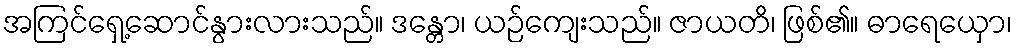
အကြင်ရှေ့ဆောင်နွားလားသည်။ ဒန္တော၊ ယဉ်ကျေးသည်။ ဇာယတိ၊ ဖြစ်၏။ ဓာရေယှော၊